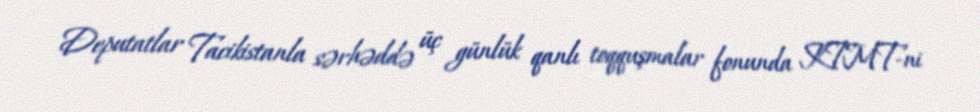
Deputatlar Tacikistanla sərhəddə üç günlük qanlı toqquşmalar fonunda KTMT-ni